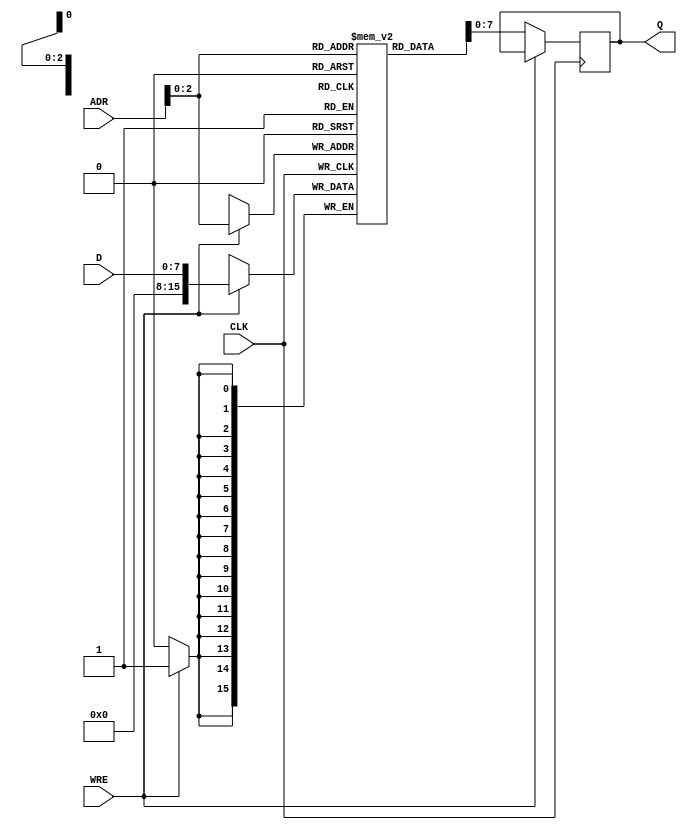
module SP_RAM_16x8 (D,CLK,ADR,WRE,Q);
input CLK,WRE;
input [7:0]D;
input [15:0]ADR;
output reg [7:0]Q;

reg [15:0] mem [7:0];

always @(posedge CLK)
 begin
  if (WRE)
    mem[ADR] <= D;
  else if(!WRE)
    Q <= mem[ADR];
 end
endmodule